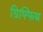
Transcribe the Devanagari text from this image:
ग्रिफ्फिथ